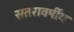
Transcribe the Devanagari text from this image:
सतरावर्षीय